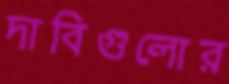
দাবিগুলোর